Scientific memoirs by medical officers of the Army of India - Part XII,
Year: 1901
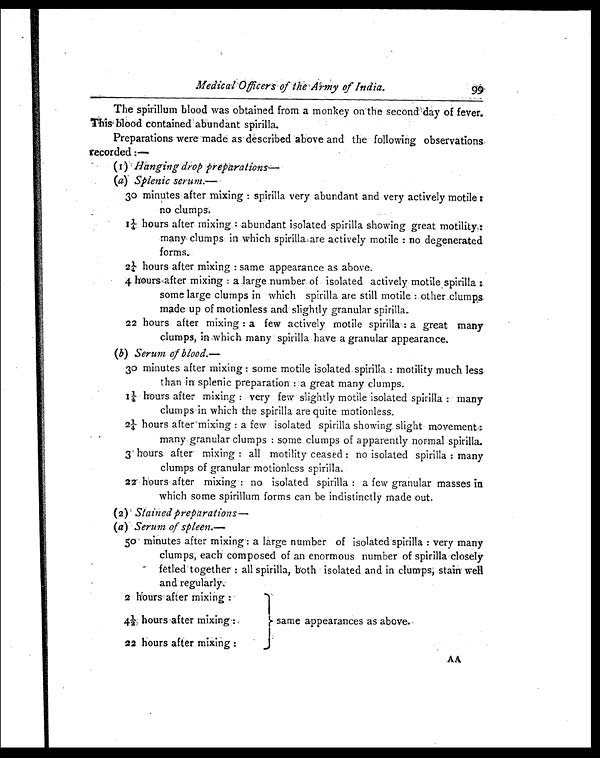
Medical Officers of the Amy of India. 99
The spirillum blood was obtained from a monkey on the second day of fever.
This blood contained abundant spirilla.
Preparations were made as described above and the following observations.
recorded :—
(1) Hanging drop preparations
—
(a) Splenic serum.—
30 minutes after mixing: spirilla very abundant and very actively motile
no clumps.
1 ¼ h o u r s a f t e r . m i x i n g : a b u n d a n t i s o l a t e d s p i r i l l a s h o w i n g g r e a t m o t i l i t y :
many clumps in which spirilla are actively motile: no degenerated
forms.
2¼ hours after mixing: same appearance as above.
4 h o u r s a f t e r m i x i n g : a l a r g e n u m b e r o f i s o l a t e d a c t i v e l y s p i r i l l a :
some large clumps in which spirilla are still motile: other clumps.
made up of motionless and slightly granular spirilla.
22 hours after mixing: a few actively motile spirilla: a great many
clumps, in which many spirilla have a granular appearance.
(b) Serum of blood.—
30 minutes after mixing: some motile isolated spirilla: motility much less
than in splenic preparation: a great many clumps.
1¼ hours after mixing: very few slightly motile isolated spirilla: many
clumps in which the spirilla are quite motionless.
2¼ hours aftermixing: a few isolated spirilla showing slight movement:
many granular clumps: some clumps of apparently normal spirilla.
3 hours after mixing: all motility ceased: no isolated spirilla: many
clumps of granular motionless spirilla.
22 hours after mixing: no isolated spirilla: a few granular masses in
which some spirillum forms can be indistinctly made out.
(2) Stained preparations—
(a) Serum of spleen.—
5 0
m i n u t e s a f t e r m i x i n g : a l a r g e n u m b e r o f i s o l a t e d s p i r i l l a : v e r y m a n y
clumps, each composed of an enormous number of spirilla closely
fetled together: all spirilla, both isolated and in clumps, stain well
and regularly.
2 hours after mixing:
4½ hours after mixing:
same appearances as above.
I
22 hours after mixing:
A A
AA